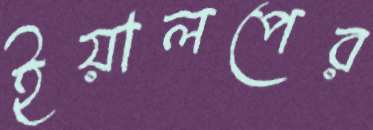
ইয়ালপের